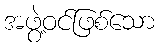
အဖွဲ့ဝင်ဖြစ်သော